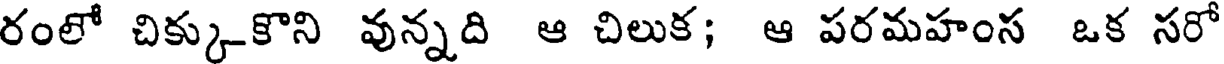
రంలో చిక్కుకొని వున్నది ఆ చిలుక; ఆ పరమహంస ఒక సరో